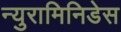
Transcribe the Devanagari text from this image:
न्युरामिनिडेस